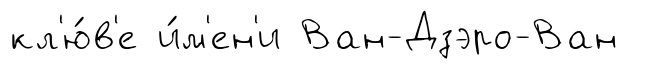
кл'ю́в'е и́м'ен'и Ван-Дзэро-Ван